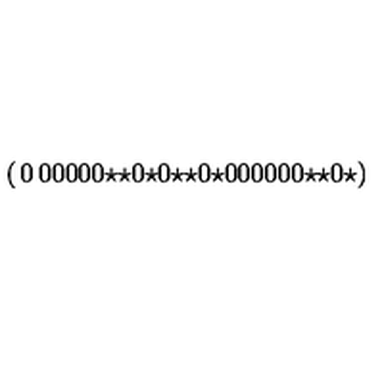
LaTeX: \left( \begin{matrix} { 0 } & { 0 } & { 0 } & { 0 } & { 0 } \\ { 0 } & { \star } & { \star } & { 0 } & { \star } \\ { 0 } & { \star } & { \star } & { 0 } & { \star } \\ { 0 } & { 0 } & { 0 } & { 0 } & { 0 } \\ { 0 } & { \star } & { \star } & { 0 } & { \star } \\ \end{matrix} \right)